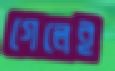
গেলেই